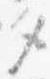
タ